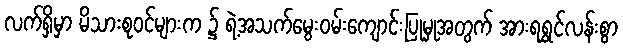
လက်ရှိမှာ မိသားစုဝင်များက ၌ ရဲ့အသက်မွေးဝမ်းကျောင်းပြုမှုအတွက် အားရရွှင်လန်းစွာ